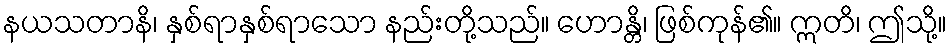
နယသတာနိ၊ နှစ်ရာနှစ်ရာသော နည်းတို့သည်။ ဟောန္တိ၊ ဖြစ်ကုန်၏။ ဣတိ၊ ဤသို့။